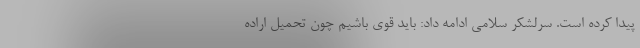
پیدا کرده است. سرلشکر سلامی ادامه داد: باید قوی باشیم چون تحمیل اراده